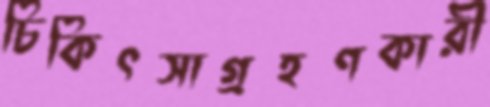
চিকিৎসাগ্রহণকারী